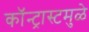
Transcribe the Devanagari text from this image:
कॉन्ट्रास्टमुळे